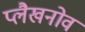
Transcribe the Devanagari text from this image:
प्लैखनोव